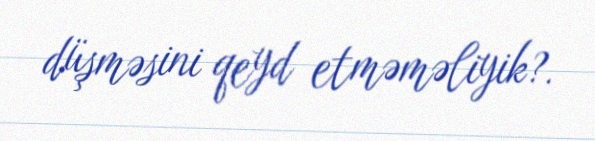
düşməsini qeyd etməməliyik?.